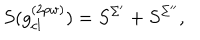
LaTeX: S ( g _ { c l } ^ { ( 2 p w ) } ) = S ^ { \Sigma ^ { \prime } } + S ^ { \Sigma ^ { \prime \prime } } ,